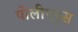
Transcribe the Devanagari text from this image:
पोलीएंड्रस